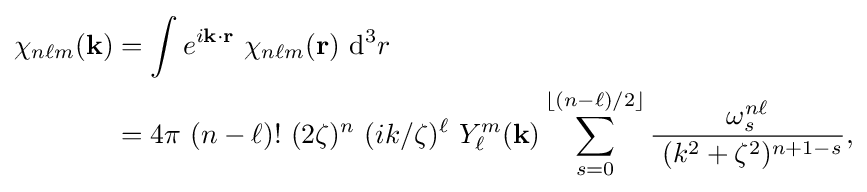
{\begin{aligned}\chi _{n\ell m}({\mathbf {k} })&=\int e^{i{\mathbf {k} }\cdot {\mathbf {r} }}~\chi _{n\ell m}({\mathbf {r} })~\mathrm {d} ^{3}r\\&=4\pi ~(n-\ell )!~(2\zeta )^{n}~(ik/\zeta )^{\ell }~Y_{\ell }^{m}({\mathbf {k} })\sum _{s=0}^{\lfloor (n-\ell )/2\rfloor }{\frac {\omega _{s}^{n\ell }}{~(k^{2}+\zeta ^{2})^{n+1-s}}},\end{aligned}}